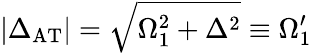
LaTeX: |\Delta_{\mathrm{AT}}|=\sqrt{\Omega_{1}^{2}+\Delta^{2}}\equiv\Omega_{1}^{\prime}